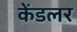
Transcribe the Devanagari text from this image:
केंडलर